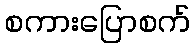
စကားပြောစက်